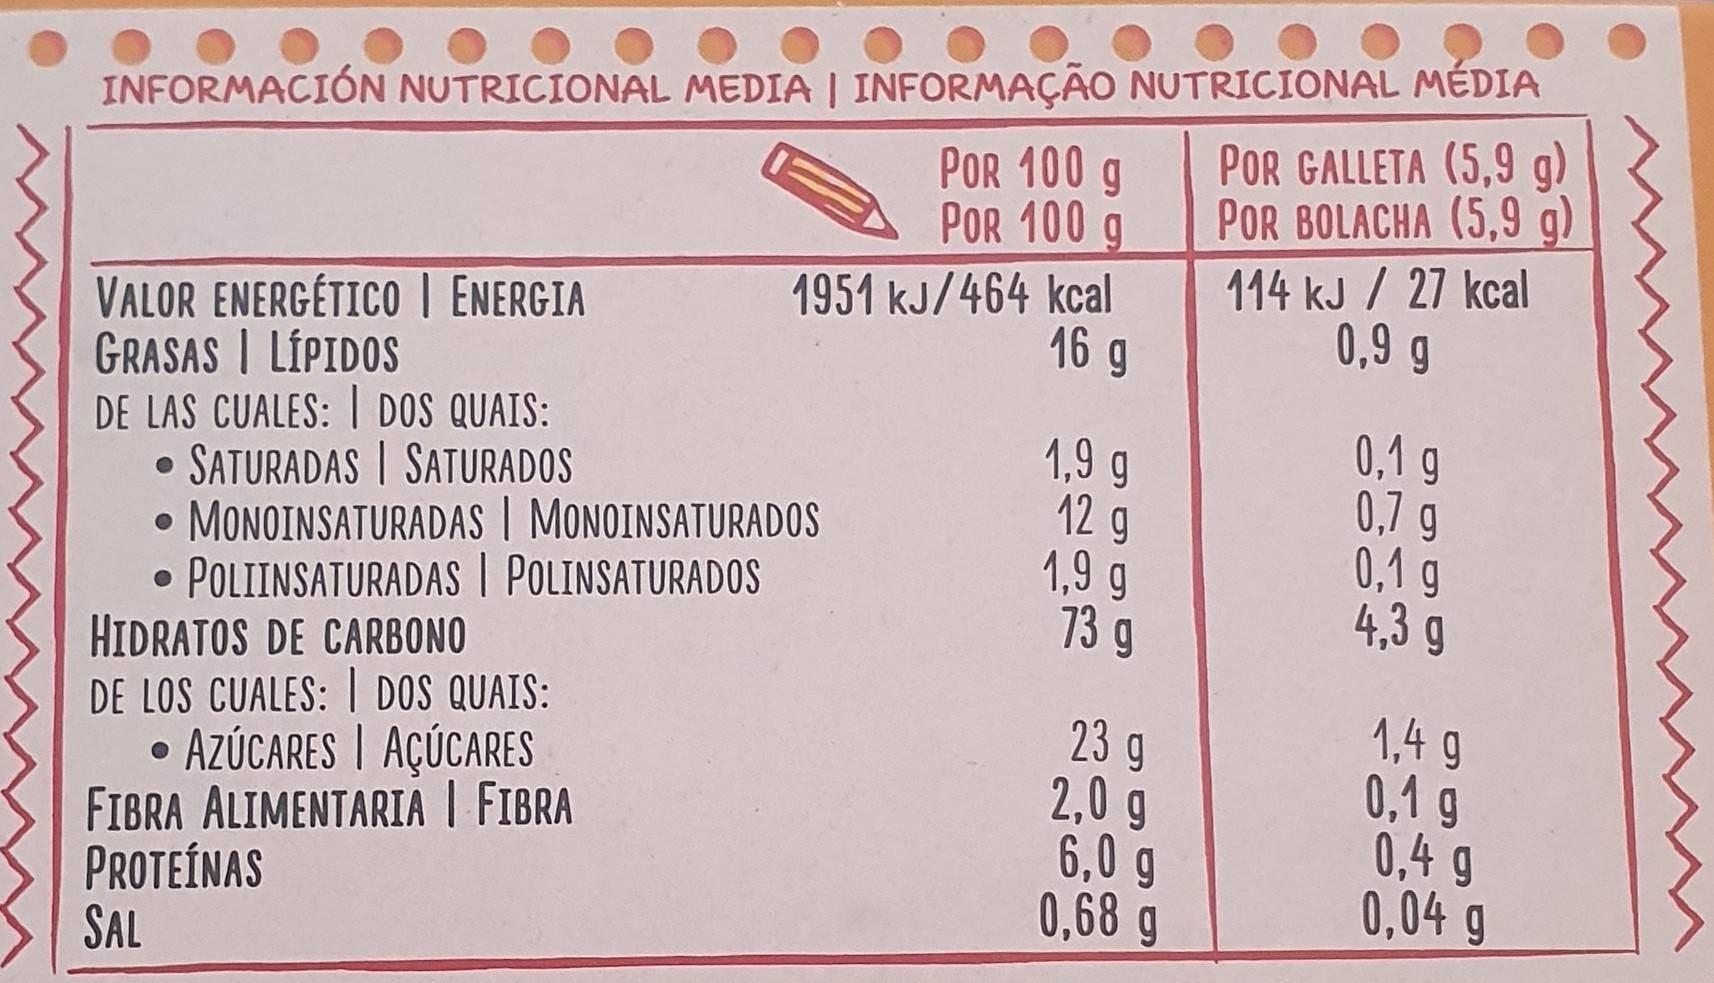
INFORMACIÓN NUTRICIONAL MEDIA | INFORMAÇÃO NUTRICIONAL MÉDIA POR GALLETA (5,9 g)
POR 100 POR 100
POR BOLACHA (5,9 g)
1951 kJ/464 kcal 16 g
114 kJ / 27 kcal 0,9 g
VALOR ENERGÉTICO I ENERGIA GRASAS | LÍPIDOS DE LAS CUALES: I DOS QUAIS: SATURADAS | SATURADOS • MONOINSATURADAS | MONOINSATURADOS • POLIINSATURADAS | POLINSATURADOS HIDRATOS DE CARBONO DE LOS CUALES: I DOS QUAIS: AZÚCARES | AÇÚCARES FIBRA ALIMENTARIA | FIBRA PROTEÍNAS SAL
1,9 g 12 g 1,9 g 73 g
0,1 g 0,7 g 0,1 g 4,3 g
23 g 2,0 g 6,0 g 0,68 g
1,4 g 0,1 g 0,4 g 0,04 g